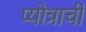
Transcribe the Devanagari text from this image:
प्योत्राची